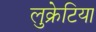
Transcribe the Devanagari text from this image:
लुक्रेटिया